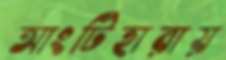
আংটিহারায়